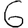
Digit: 6